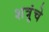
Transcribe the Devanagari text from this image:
शत्रुंचे